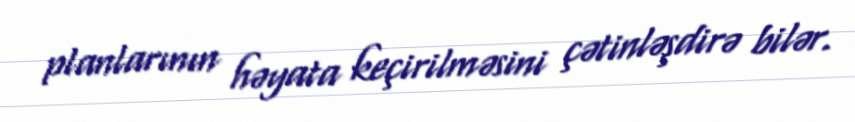
planlarının həyata keçirilməsini çətinləşdirə bilər.